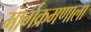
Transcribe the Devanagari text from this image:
मार्गक्रमणाला